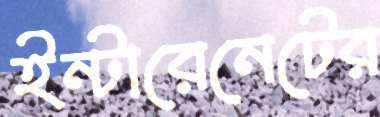
ইন্টারেনেটের